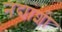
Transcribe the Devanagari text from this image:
नद्यांशी